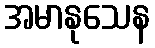
အမာနုသေန